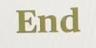
ERnd